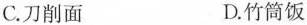
C.刀削面 D.竹筒饭